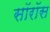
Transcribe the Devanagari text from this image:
सॉरॉस